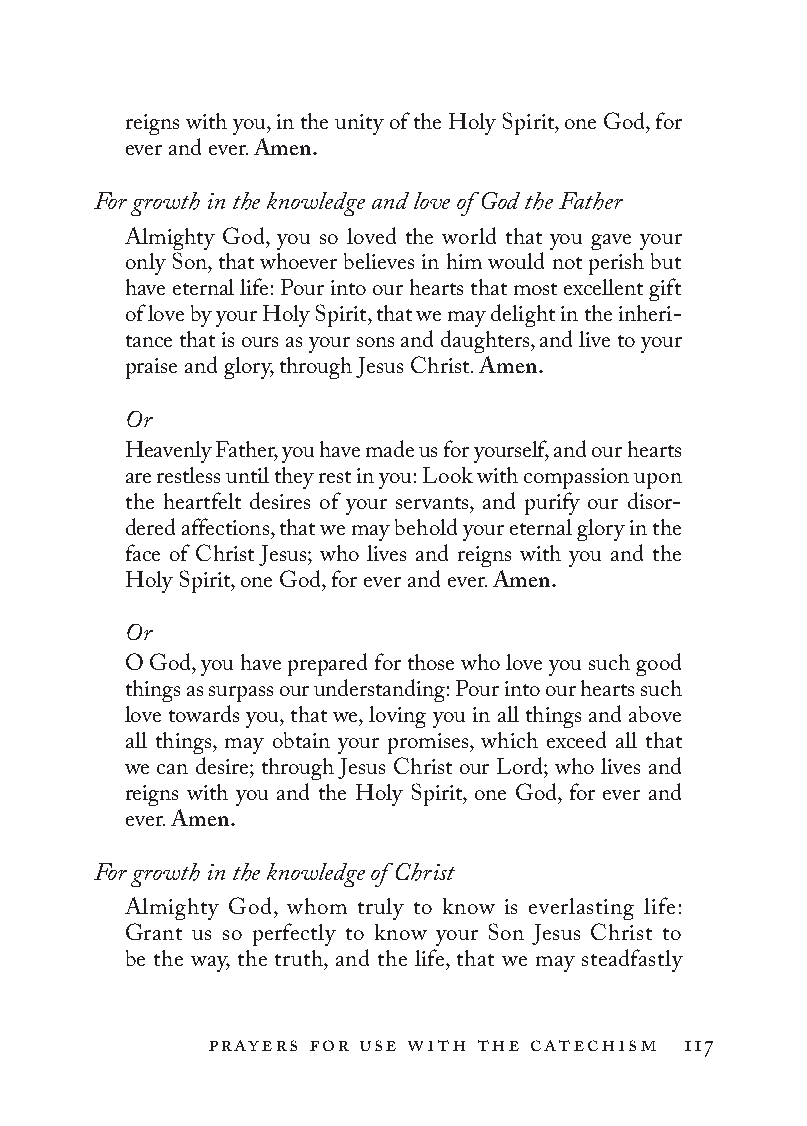
reigns with you, in the unity of the Holy Spirit, one God, for
 ever and ever. Amen.
 For growth in the knowledge and love of God the Father
 Almighty God, you so loved the world that you gave your
 only Son, that whoever believes in him would not perish but
 have eternal life: Pour into our hearts that most excellent gift
 of love by your Holy Spirit, that we may delight in the inheri-
 tance that is ours as your sons and daughters, and live to your
 praise and glory, through Jesus Christ. Amen.
 Or
 Heavenly Father, you have made us for yourself, and our hearts
 are restless until they rest in you: Look with compassion upon
 the heartfelt desires of your servants, and purify our disor-
 dered affections, that we may behold your eternal glory in the
 face of Christ Jesus; who lives and reigns with you and the
 Holy Spirit, one God, for ever and ever. Amen.
 Or
 O God, you have prepared for those who love you such good
 things as surpass our understanding: Pour into our hearts such
 love towards you, that we, loving you in all things and above
 all things, may obtain your promises, which exceed all that
 we can desire; through Jesus Christ our Lord; who lives and
 reigns with you and the Holy Spirit, one God, for ever and
 ever. Amen.
 For growth in the knowledge of Christ
 Almighty God, whom truly to know is everlasting life:
 Grant us so perfectly to know your Son Jesus Christ to
 be the way, the truth, and the life, that we may steadfastly
 prayers for use with the catechism 117
 To be a Christian.566776.int.indd 117       11/13/19 1:31 PM